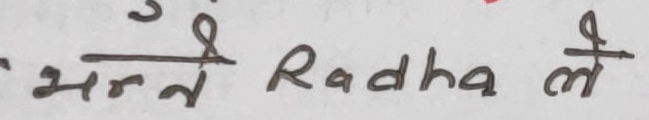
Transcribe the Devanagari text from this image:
भन्ने Radha ले